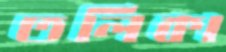
তলিকা